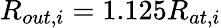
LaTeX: R_{out,i}=1.125R_{at,i}